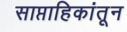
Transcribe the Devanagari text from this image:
साप्ताहिकांतून